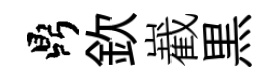
鼎欽嶻黒